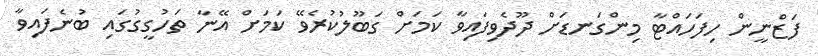
ފަޒްނީން ހިފަހައްޓާ މިންގަނޑަށް ދޫދެވިފައިވާ ކަމަށް ގަބޫލުކުރެވޭ ކަމަށް އޭނާ ތަހުގީގުގައި ބުނެފައިވާ